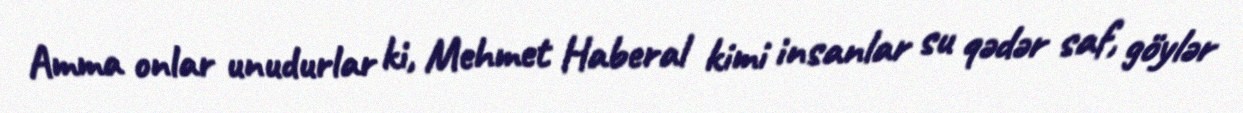
Amma onlar unudurlar ki, Mehmet Haberal kimi insanlar su qədər saf, göylər